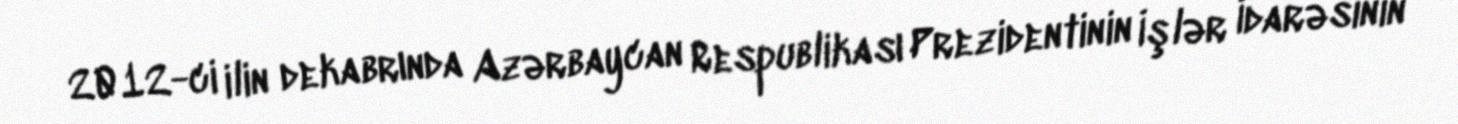
2012-ci ilin dekabrında Azərbaycan Respublikası Prezidentinin İşlər İdarəsinin